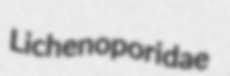
Lichenoporidae